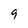
Character: 9